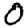
Digit: 0